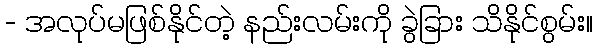
- အလုပ်မဖြစ်နိုင်တဲ့ နည်းလမ်းကို ခွဲခြား သိနိုင်စွမ်း။